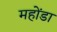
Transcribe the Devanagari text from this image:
महोंडा